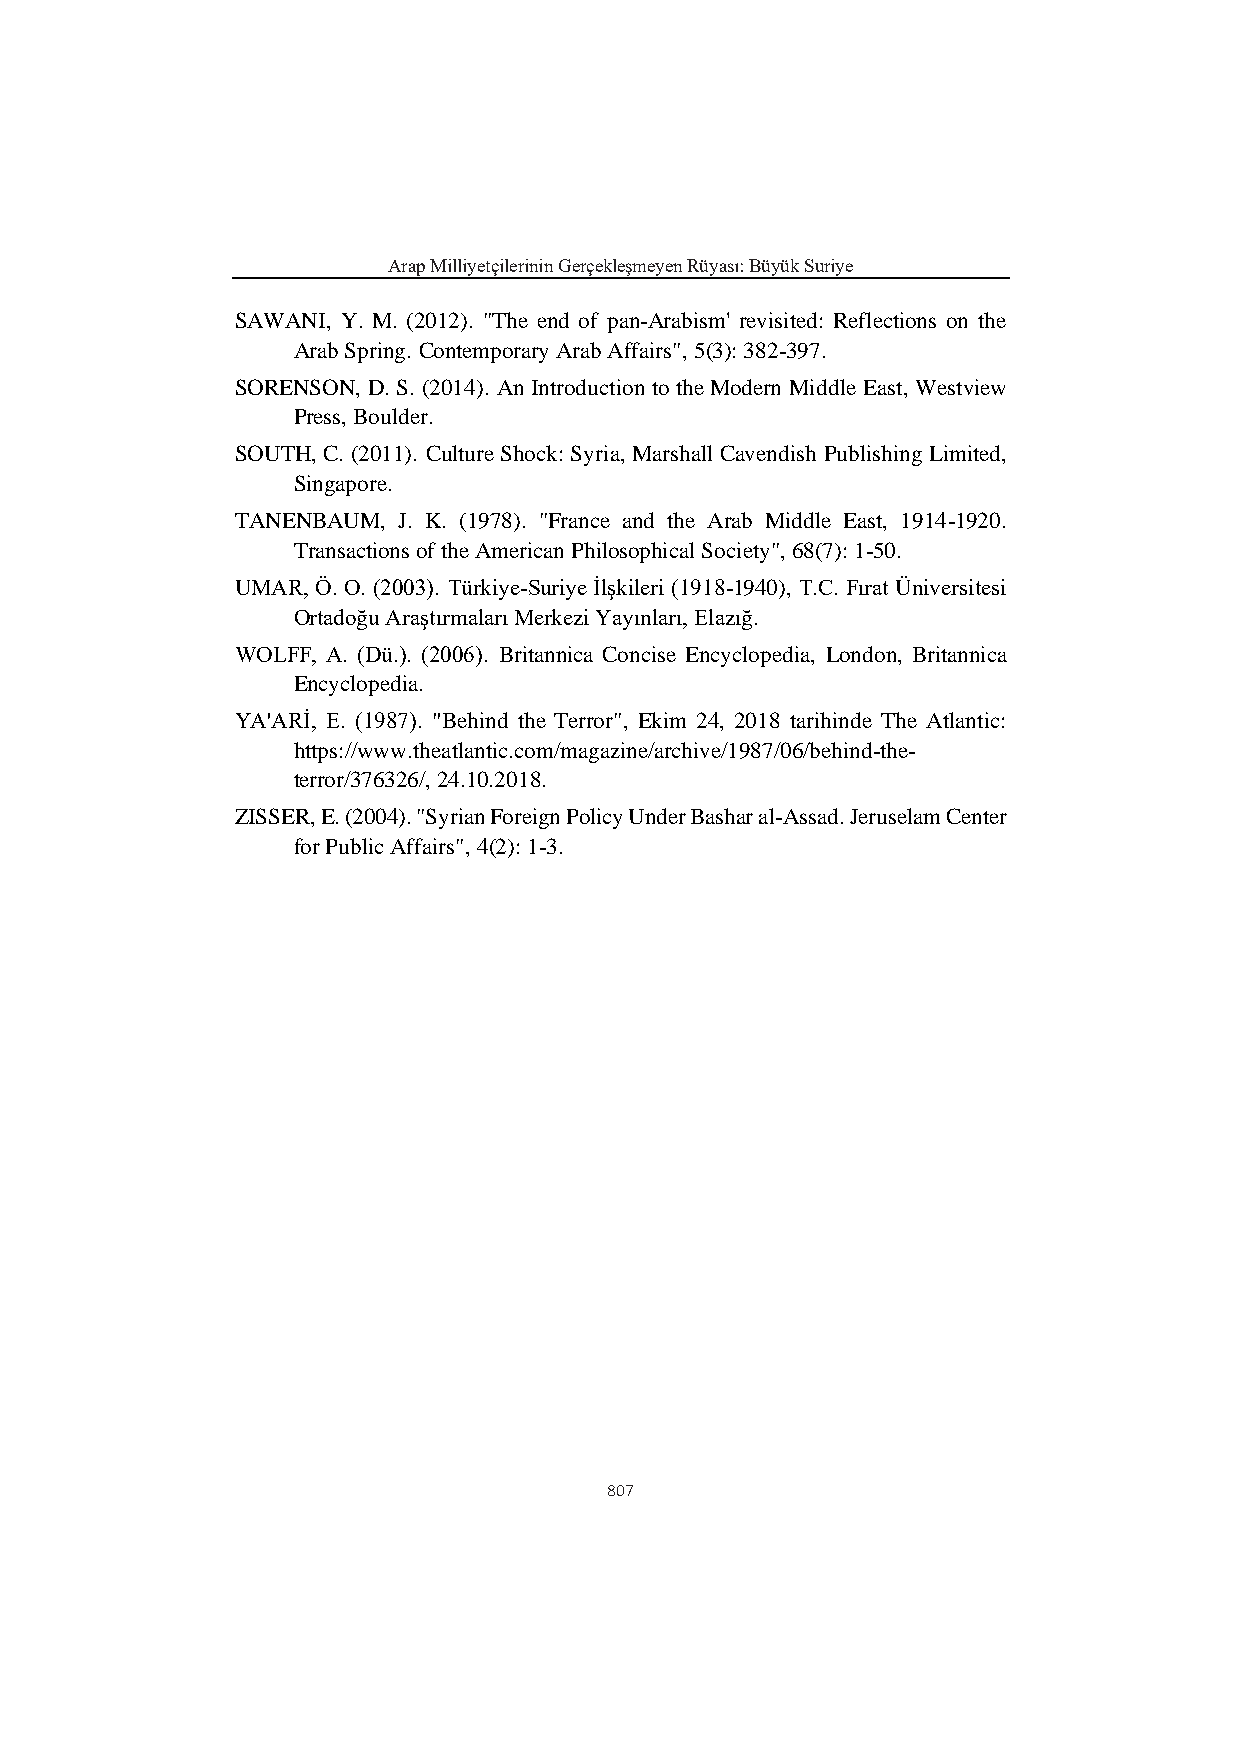
Arap Milliyetçilerinin Gerçekleşmeyen Rüyası: Büyük Suriye
 SAWANI, Y. M. (2012). "The end of pan-Arabism' revisited: Reflections on the
 Arab Spring. Contemporary Arab Affairs", 5(3): 382-397.
 SORENSON, D. S. (2014). An Introduction to the Modern Middle East, Westview
 Press, Boulder.
 SOUTH, C. (2011). Culture Shock: Syria, Marshall Cavendish Publishing Limited,
 Singapore.
 TANENBAUM, J. K. (1978). "France and the Arab Middle East, 1914-1920.
 Transactions of the American Philosophical Society", 68(7): 1-50.
 UMAR, Ö. O. (2003). Türkiye-Suriye İlşkileri (1918-1940), T.C. Fırat Üniversitesi
 Ortadoğu Araştırmaları Merkezi Yayınları, Elazığ.
 WOLFF, A. (Dü.). (2006). Britannica Concise Encyclopedia, London, Britannica
 Encyclopedia.
 YA'ARİ, E. (1987). "Behind the Terror", Ekim 24, 2018 tarihinde The Atlantic:
 https://www.theatlantic.com/magazine/archive/1987/06/behind-the-
 terror/376326/, 24.10.2018.
 ZISSER, E. (2004). "Syrian Foreign Policy Under Bashar al-Assad. Jeruselam Center
 for Public Affairs", 4(2): 1-3.
 807